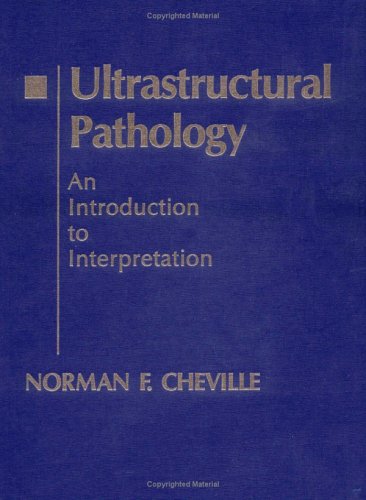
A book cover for Ultrastructural Pathology: An Introduction to Interpretation; Norman F. Cheville; Medical Books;